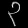
Digit: ၃